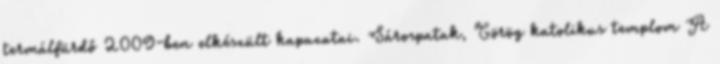
termálfürdő 2009-ben elkészült kapuzatai. Sárospatak, Görög katolikus templom A